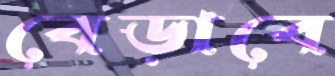
বেড়াবে